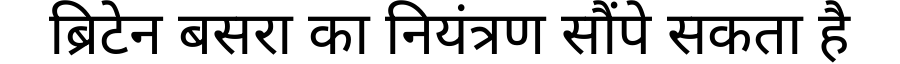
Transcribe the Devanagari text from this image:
ब्रिटेन बसरा का नियंत्रण सौंपे सकता है